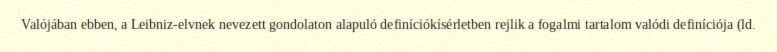
Valójában ebben, a Leibniz-elvnek nevezett gondolaton alapuló definíciókísérletben rejlik a fogalmi tartalom valódi definíciója (ld.